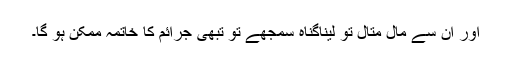
اور ان سے مال متال تو لیناگناہ سمجھے تو تبھی جرائم کا خاتمہ ممکن ہو گا۔